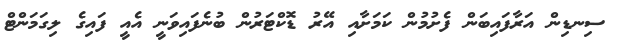
ސިނޑިން އަރާފައިބަން ފެށުމުން ކަމަށާއި އޭރު ޑޮކްޓަރުން ބުނެފައިވަނީ އެއީ ފައިގެ ލިގަމަންޓް